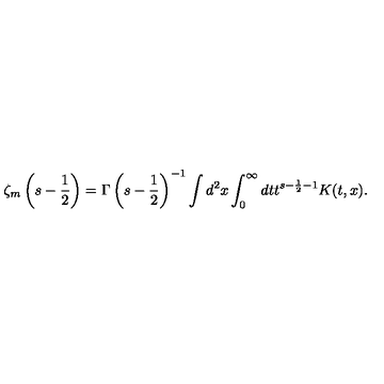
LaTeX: \zeta _ { m } \left( s - \frac 1 2 \right) = \Gamma \left( s - \frac 1 2 \right) ^ { - 1 } \int d ^ { 2 } x \int _ { 0 } ^ { \infty } d t t ^ { s - \frac 1 2 - 1 } K ( t , x ) .